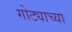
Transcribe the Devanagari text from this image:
गोट्याच्या